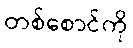
တစ်စောင်ကို